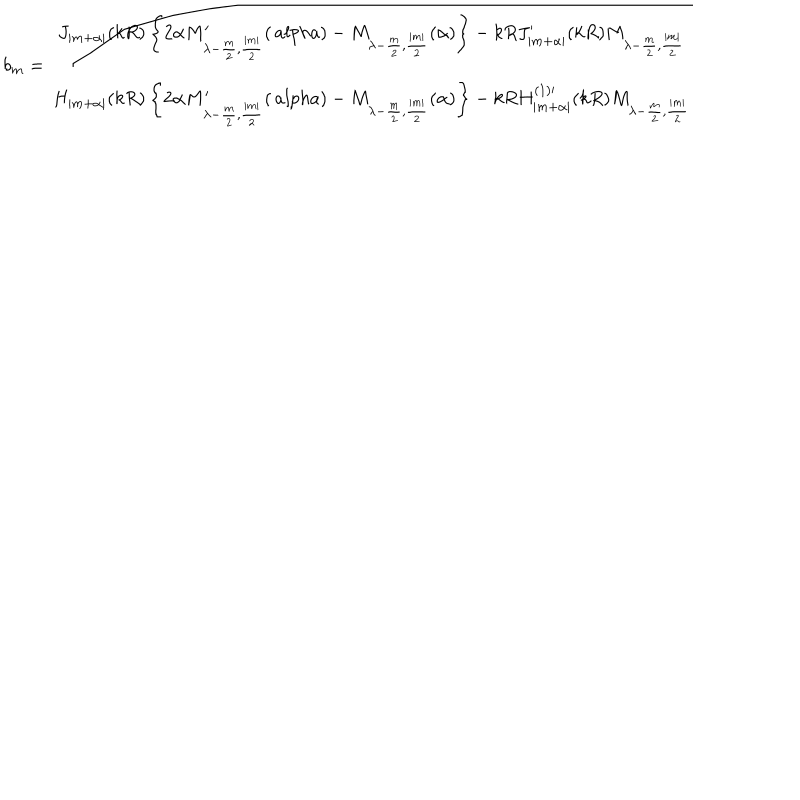
b _ { m } = \frac { J _ { | m + \alpha | } ( k R ) \left\{ 2 \alpha M _ { \lambda - \frac { m } { 2 } , \frac { | m | } { 2 } } ^ { \prime } ( \, a l p h a ) - M _ { \lambda - \frac { m } { 2 } , \frac { | m | } { 2 } } ( \alpha ) \right\} - k R J _ { | m + \alpha | } ^ { \prime } ( k R ) M _ { \lambda - \frac { m } { 2 } , \frac { | m | } { 2 } } } { H _ { | m + \alpha | } ( k R ) \left\{ 2 \alpha M _ { \lambda - \frac { m } { 2 } , \frac { | m | } { 2 } } ^ { \prime } ( \, a l p h a ) - M _ { \lambda - \frac { m } { 2 } , \frac { | m | } { 2 } } ( \alpha ) \right\} - k R H _ { | m + \alpha | } ^ { ( 1 ) \prime } ( k R ) M _ { \lambda - \frac { m } { 2 } , \frac { | m | } { 2 } } }